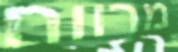
מרווח